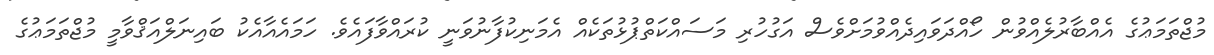
މުޖްތަމަޢުގެ އެއްބާރުލެއްވުން ހޯއްދަވައިދެއްވުމަށްވެސް އަގުހުރި މަސައްކަތްޕުޅުތަކެއް އެމަނިކުފާނުވަނީ ކުރައްވާފައެވެ. ހަމައެއާއެކު ބައިނަލްއަޤްވާމީ މުޖްތަމަޢުގެ